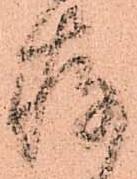
存